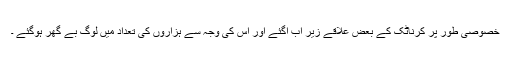
خصوصی طور پر کرناٹک کے بعض علاقے زیر آب آگئے اور اس کی وجہ سے ہزاروں کی تعداد میں لوگ بے گھر ہوگئے ۔